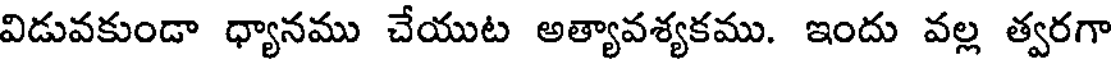
విడువకుండా ధ్యానము చేయుట అత్యావశ్యకము. ఇందు వల్ల త్వరగా